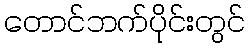
တောင်ဘက်ပိုင်းတွင်